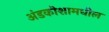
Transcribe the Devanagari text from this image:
अंडकोशामधील